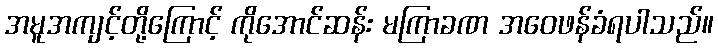
အမူအကျင့်တို့ကြောင့် ကိုအောင်ဆန်း မကြာခဏ အဝေဖန်ခံရပါသည်။